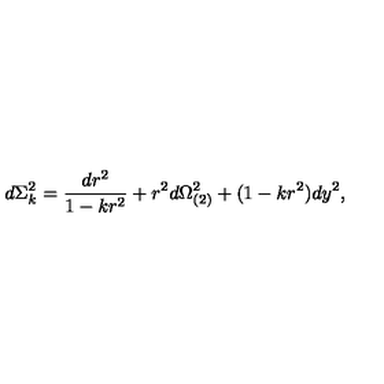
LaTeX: d \Sigma _ { k } ^ { 2 } = { \frac { d r ^ { 2 } } { 1 - k r ^ { 2 } } } + r ^ { 2 } d \Omega _ { ( 2 ) } ^ { 2 } + ( 1 - k r ^ { 2 } ) d y ^ { 2 } ,